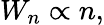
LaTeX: W_{n}\propto n,